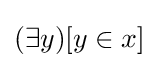
{\textstyle (\exists y)[y\in x]}